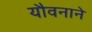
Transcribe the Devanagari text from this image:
यौवनाने